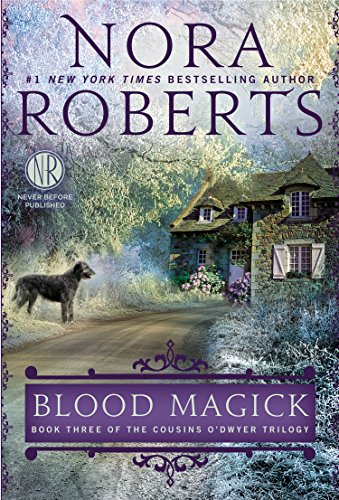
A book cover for Blood Magick (Cousins O'Dwyer); Nora Roberts; Romance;